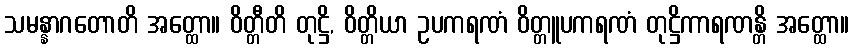
သမန္နာဂတောတိ အတ္ထော။ ဝိတ္တီတိ တုဋ္ဌိ, ဝိတ္တိယာ ဥပကရဏံ ဝိတ္တူပကရဏံ တုဋ္ဌိကာရဏန္တိ အတ္ထော။